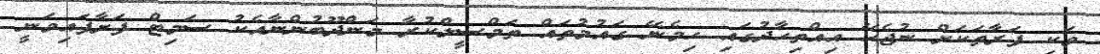
ވަކި ފަރާތަކަށް ނުޖެހޭ އިއްތިހާދުގައި ހިމެނޭ ގައުމުތައް ތަމްސީލްކުރާ މަންދޫބުންނާއެކު ސަމިޓް ފަށާފައިވަނީ